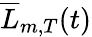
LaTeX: {\overline{{L}}_{m,T}}(t)